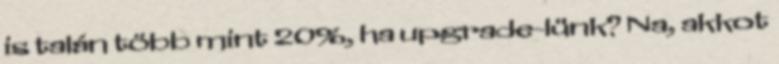
is talán több mint 20%, ha upgrade-lünk? Na, akkot